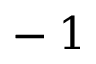
^ Ḋ - 1 Ḍ